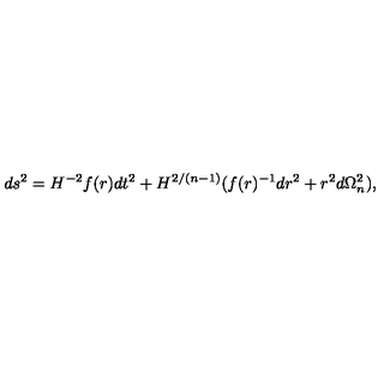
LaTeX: d s ^ { 2 } = H ^ { - 2 } f ( r ) d t ^ { 2 } + H ^ { 2 / ( n - 1 ) } ( f ( r ) ^ { - 1 } d r ^ { 2 } + r ^ { 2 } d \Omega _ { n } ^ { 2 } ) ,